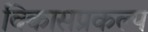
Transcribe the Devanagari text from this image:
विकासप्रकल्प